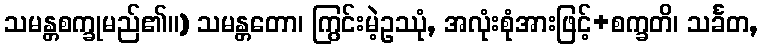
သမန္တစက္ခုမည်၏။) သမန္တတော၊ ကြွင်းမဲ့ဥဿုံ, အလုံးစုံအားဖြင့်+စက္ခတိ၊ သင်္ခတ,